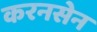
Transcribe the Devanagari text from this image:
करनसेन